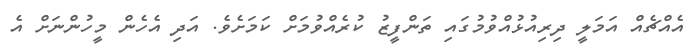
އެއްޗެއް އަމަލީ ދިރިއުޅުއްވުމުގައި ތަންފީޒު ކުރެއްވުމަށް ކަމަށެވެ. އަދި އެހެން މީހުންނަށް އެ